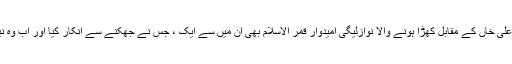
’’جیپ سوار‘‘ چودھری نثار علی خاں کے مقابل کھڑا ہونے والا نوازلیگی امیدوار قمر الاسلام بھی اُن میں سے ایک ، جس نے جھکنے سے انکار کیا اور اب وہ نَیب کے پنجۂ استبداد میں ہے۔